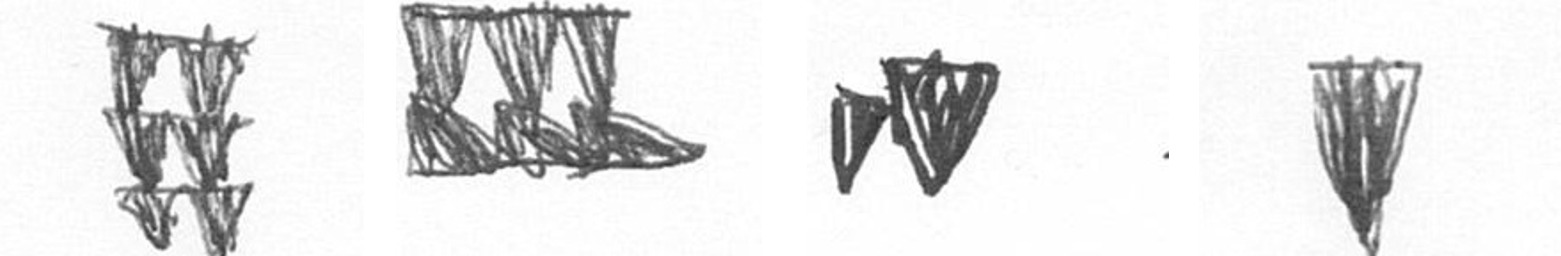
Y D M J